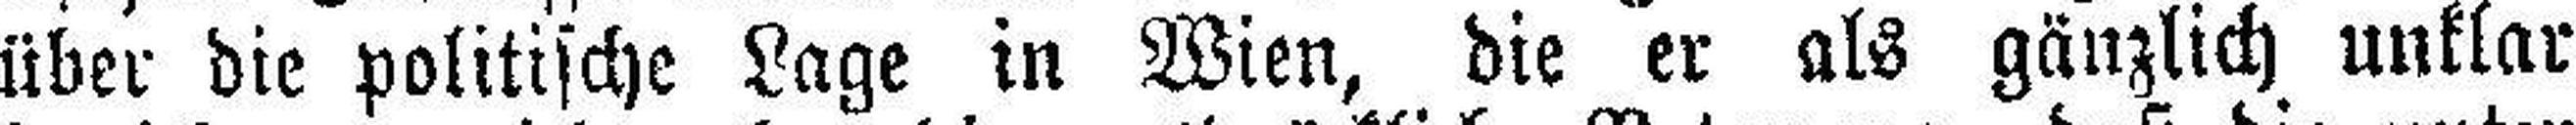
über die politische Lage in Wien, die er als gänzlich unklar